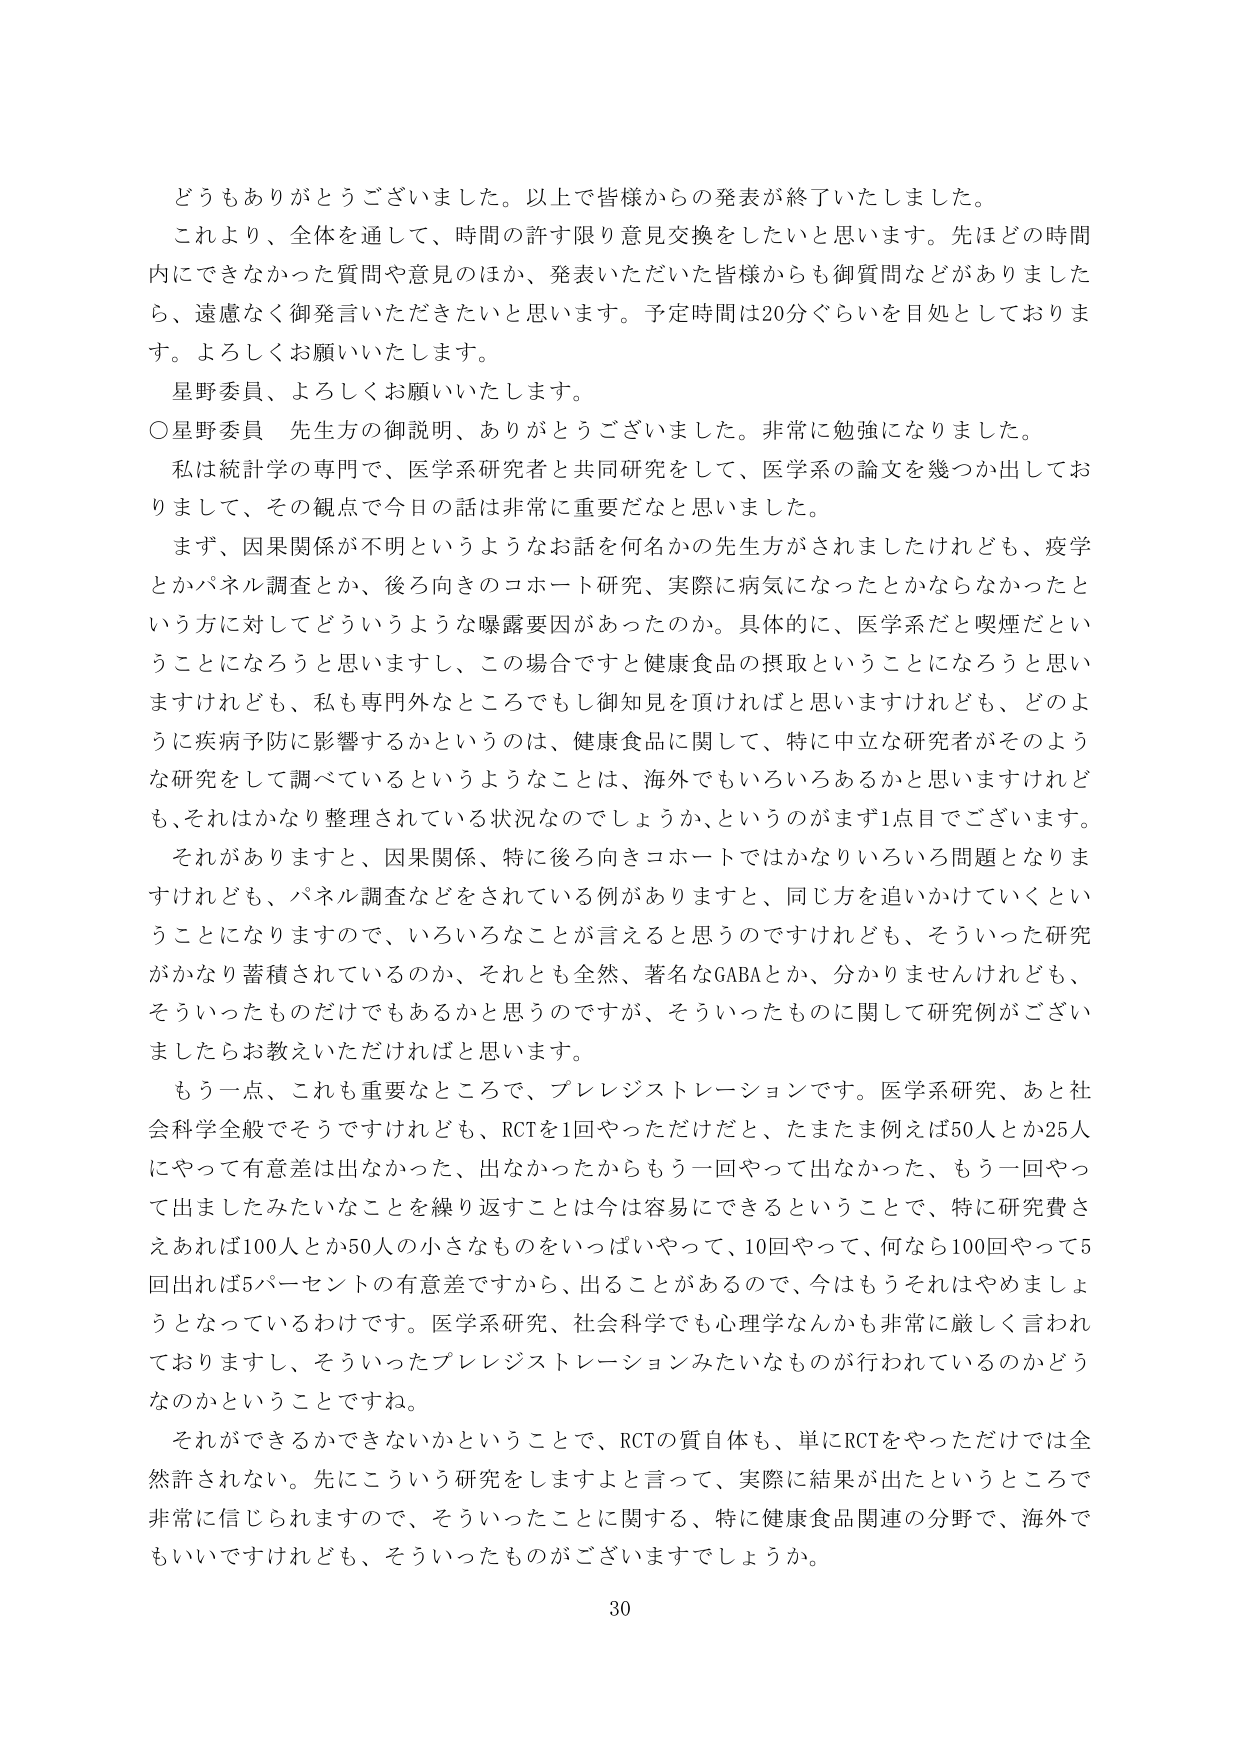
どうもありがとうございました。以上で皆様からの発表が終了いたしました。
これより、全体を通じて、時間の許す限り意見交換をしたいと思います。先ほどどの時間内にできなかった質問や意見のほか、発表いただいた皆様からも御質問などがありましたら、遠慮なく御発言いただきたいと思います。予定時間は20分ぐらいを目処としております。よろしくお願いいたします。
星野委員、よろしくお願いいたします。
○星野委員 先生方の御説明、ありがとうございました。非常に勉強になりました。
私は統計学の専門で、医学系研究者と共同研究をして、医学系の論文を幾つか出しておりますので、その観点で今日の話は非常に重要だなと思いました。
まず、因果関係が不明というようなお話を何名かの先生方がされましたけれども、疫学とかパネル調査とか、後ろ向きのコホート研究、実際に病気になったとかならなかったという方に対してどういうような曝露要因があったのか。具体的に、医学系だと喫煙だということになるろうと思いますし、この場合ですと健康食品の摂取ということになるろうと思いますけれども、私も専門外なところでもし御知見を頂ければと思いますけれども、どのように疾病予防に影響するかというのは、健康食品に関して、特に中立な研究者がそのような研究をして調べているというようなことは、海外でもいろいろあるかと思いますけれども、それはかなり整理されている状況なのでしょうか、というのがまず1点目でございます。
それがありますと、因果関係、特に後ろ向きコホートではかなりいろいろ問題となりますがけれども、パネル調査などをされている例がありますと、同じ方を追いかけていくということになりますので、いろいろなことが言えると思うのですけれども、そういった研究がかなり蓄積されているのか、それとも全然、著名なGABAとか、分かりませんけれども、そういったものだけでもあるかと思うのですが、そういったものに関して研究例がございましたらお教えいただければと思います。
もう一点、これも重要なところで、プレレジストレーションです。医学系研究、あと社会科学全般でそうですけれども、RCTを1回やっただけだと、たまたま例えば50人とか25人にやって有意差は出なかった、出なかったからもう一回やって出なかった、もう一回やって出ましたみたいなことを繰り返すことは今は容易にできるということで、特に研究費さえあれば100人とか50人の小さなものをいっぱいやって、10回やって、何なら100回やって5回出れば5パーセントの有意差ですから、出ることがあるので、今はもうそれはやめましょうとなっているわけです。医学系研究、社会科学でも心理学なんかも非常に厳しく言われておりますし、そういったプレレジストレーションみたいなものが行われているのかどうなのかということですね。
それができるかできないかということで、RCTの質自体も、単にRCTをやっただけでは全然許されない。先にこういう研究をしますよと言って、実際に結果が出たというところで非常に信じられますので、そういったことに関する、特に健康食品関連の分野で、海外でもいいですけれども、そういったものがございますでしょうか。
30